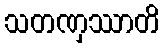
သတဏှဿာတိ